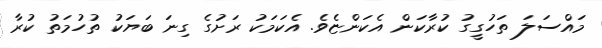
މައްސަލަ ތަހުގީގު ކުރާކަން އެކަންޏެވެ. އެކަމަކު ރަށުގެ ގިނަ ބަޔަކު ތުހުމަތު ކުރާ